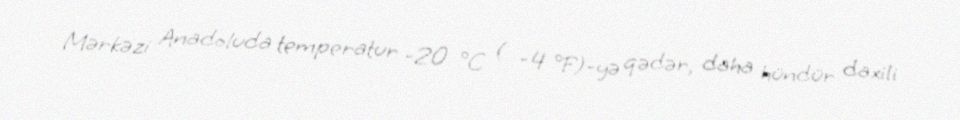
Mərkəzi Anadoluda temperatur -20 °C ( -4 °F)-yə qədər, daha hündür daxili